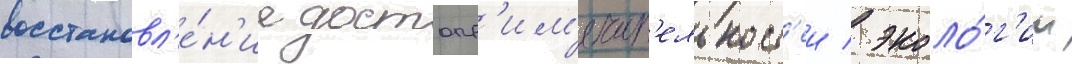
восстановл'е́н'ие достопр'им'ечат'ельност'еи / эколо́г'ии